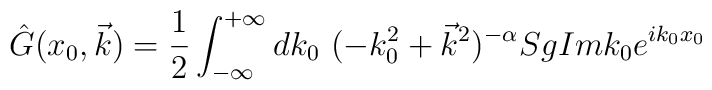
\hat{G}(x_0,\vec{k})=\frac{1}{2}\int_{-\infty}^{+\infty} dk_0~(-k_0^2+\vec{k}^2)^{-\alpha} Sg Im k_0 e^{ik_0x_0}